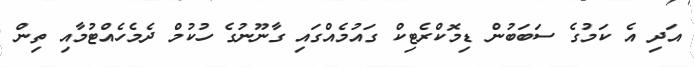
އަދި އެ ކަމުގެ ސަބަބުން ޑިމޮކްރެޓިކް ގައުމެއްގައި ގާނޫނުގެ ހުކުމް ދެމެހެއްޓުމާއި ތިން